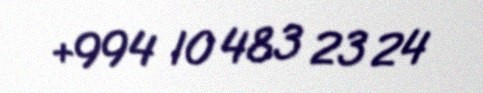
+994 10 483 23 24